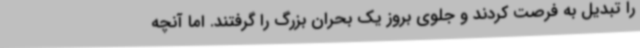
را تبدیل به فرصت کردند و جلوی بروز یک بحران بزرگ را گرفتند. اما آنچه